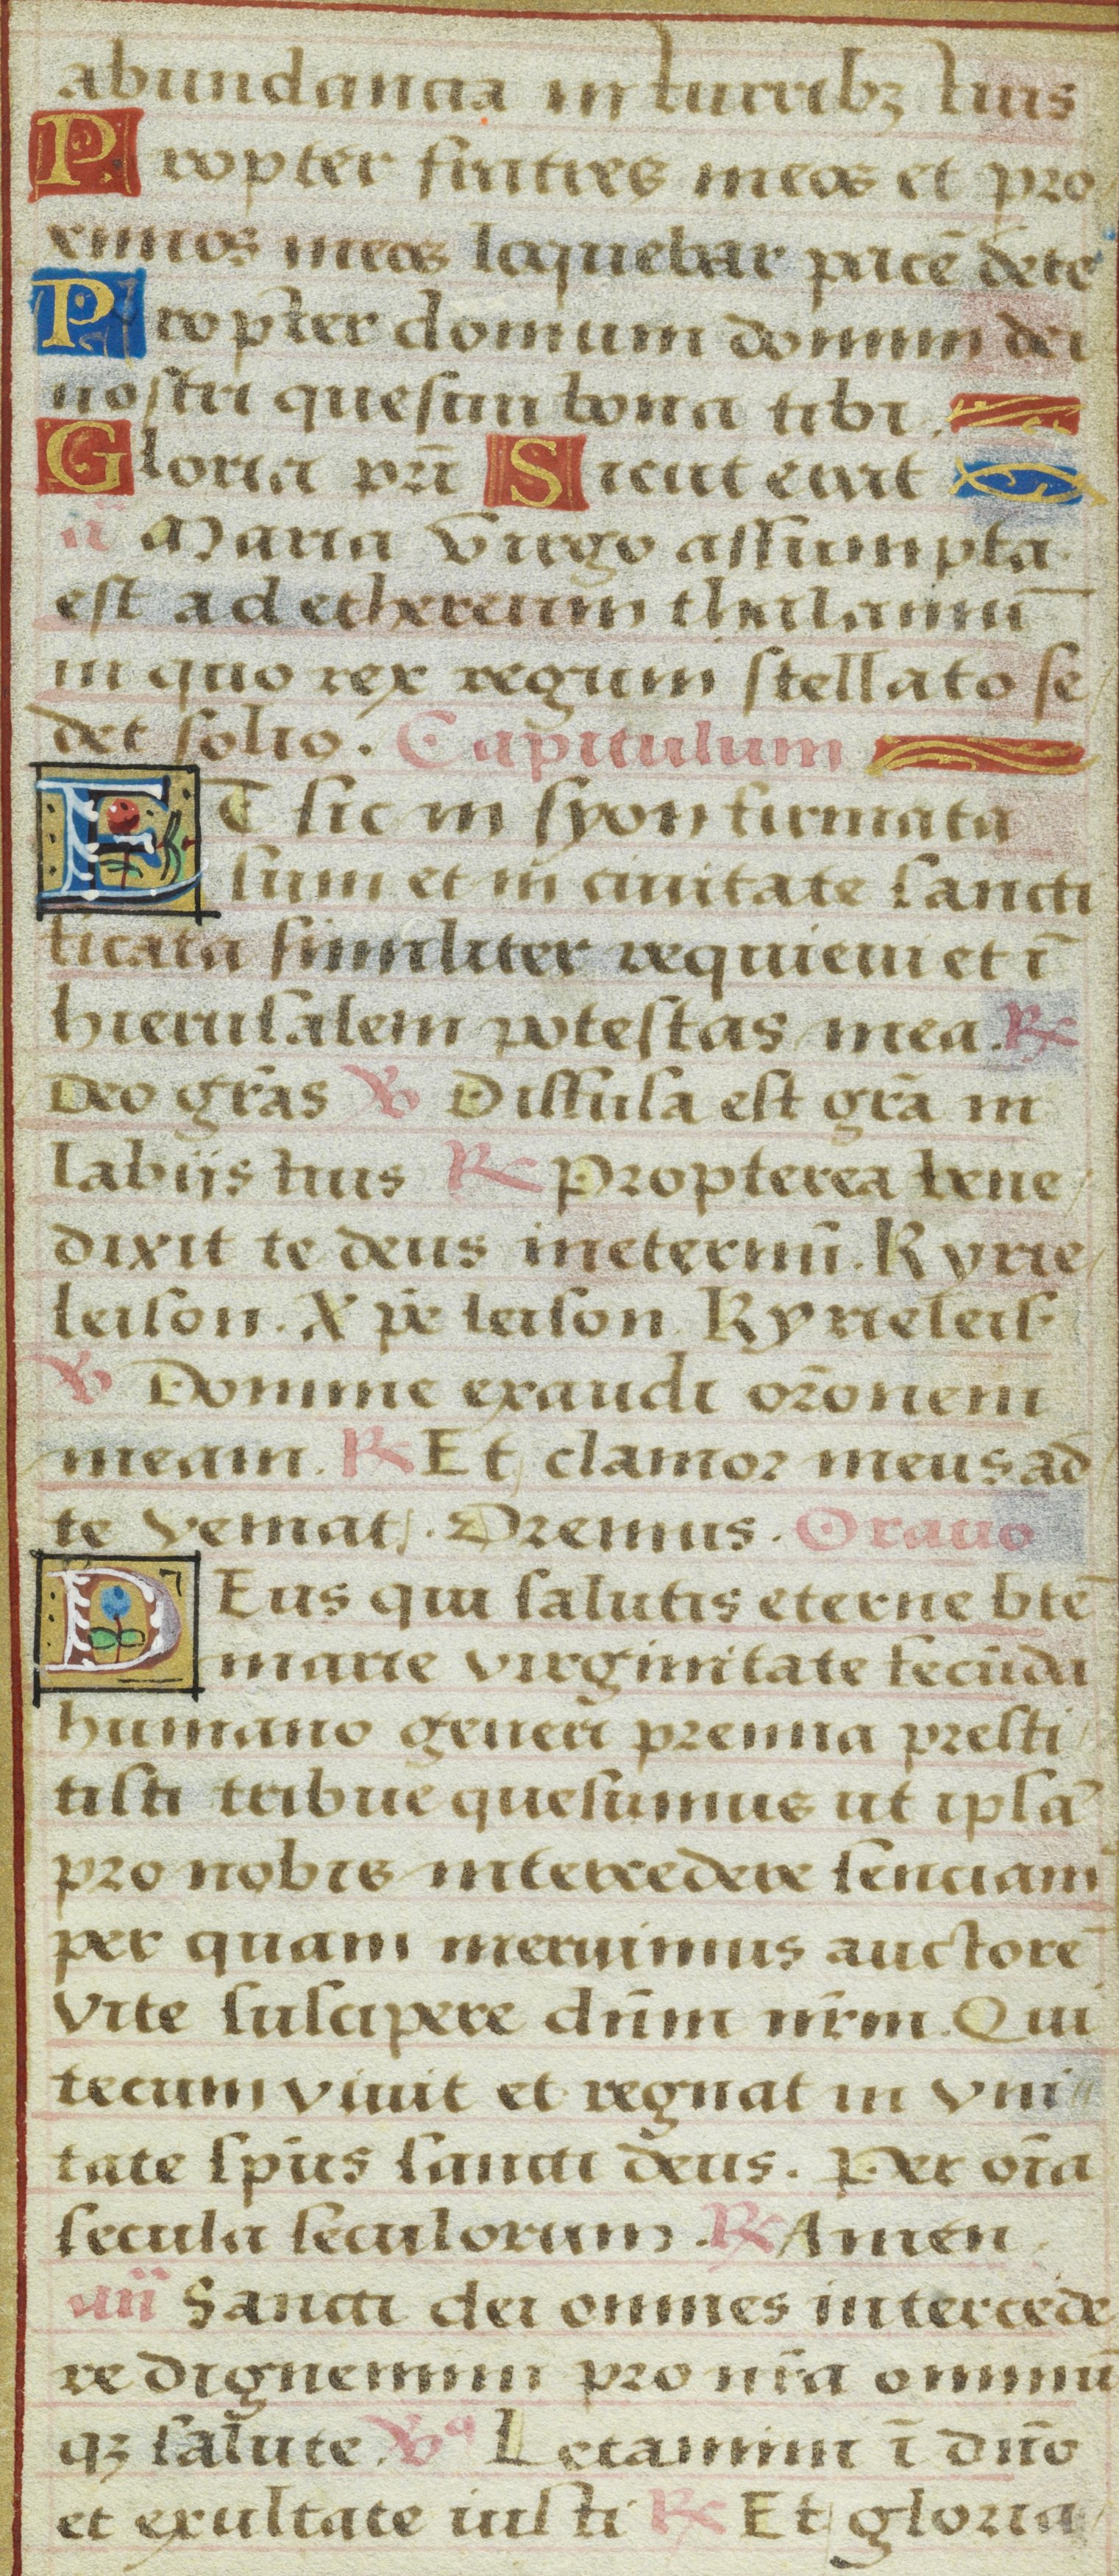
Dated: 1525–1549